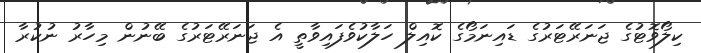
ކިލޯވޮޓުގެ ޖަނަރޭޓަރުގެ ޑައިނަމޯގެ ކޮއިލް ހަލާކުވެފައިވާތީ އެ ޖަނަރޭޓަރުގެ ބޭނުން މިހާރު ނުކުރާ